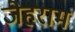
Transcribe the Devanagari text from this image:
जेहराम